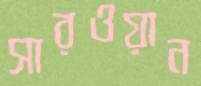
সারওয়ান